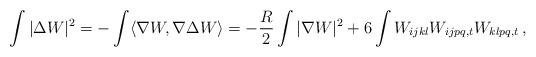
LaTeX: \begin{align*}\int |\Delta W|^{2} = -\int \langle \nabla W, \nabla \Delta W \rangle = -\frac{R}{2}\int |\nabla W|^{2} + 6 \int W_{ijkl}W_{ijpq,t}W_{klpq,t} \,,\end{align*}